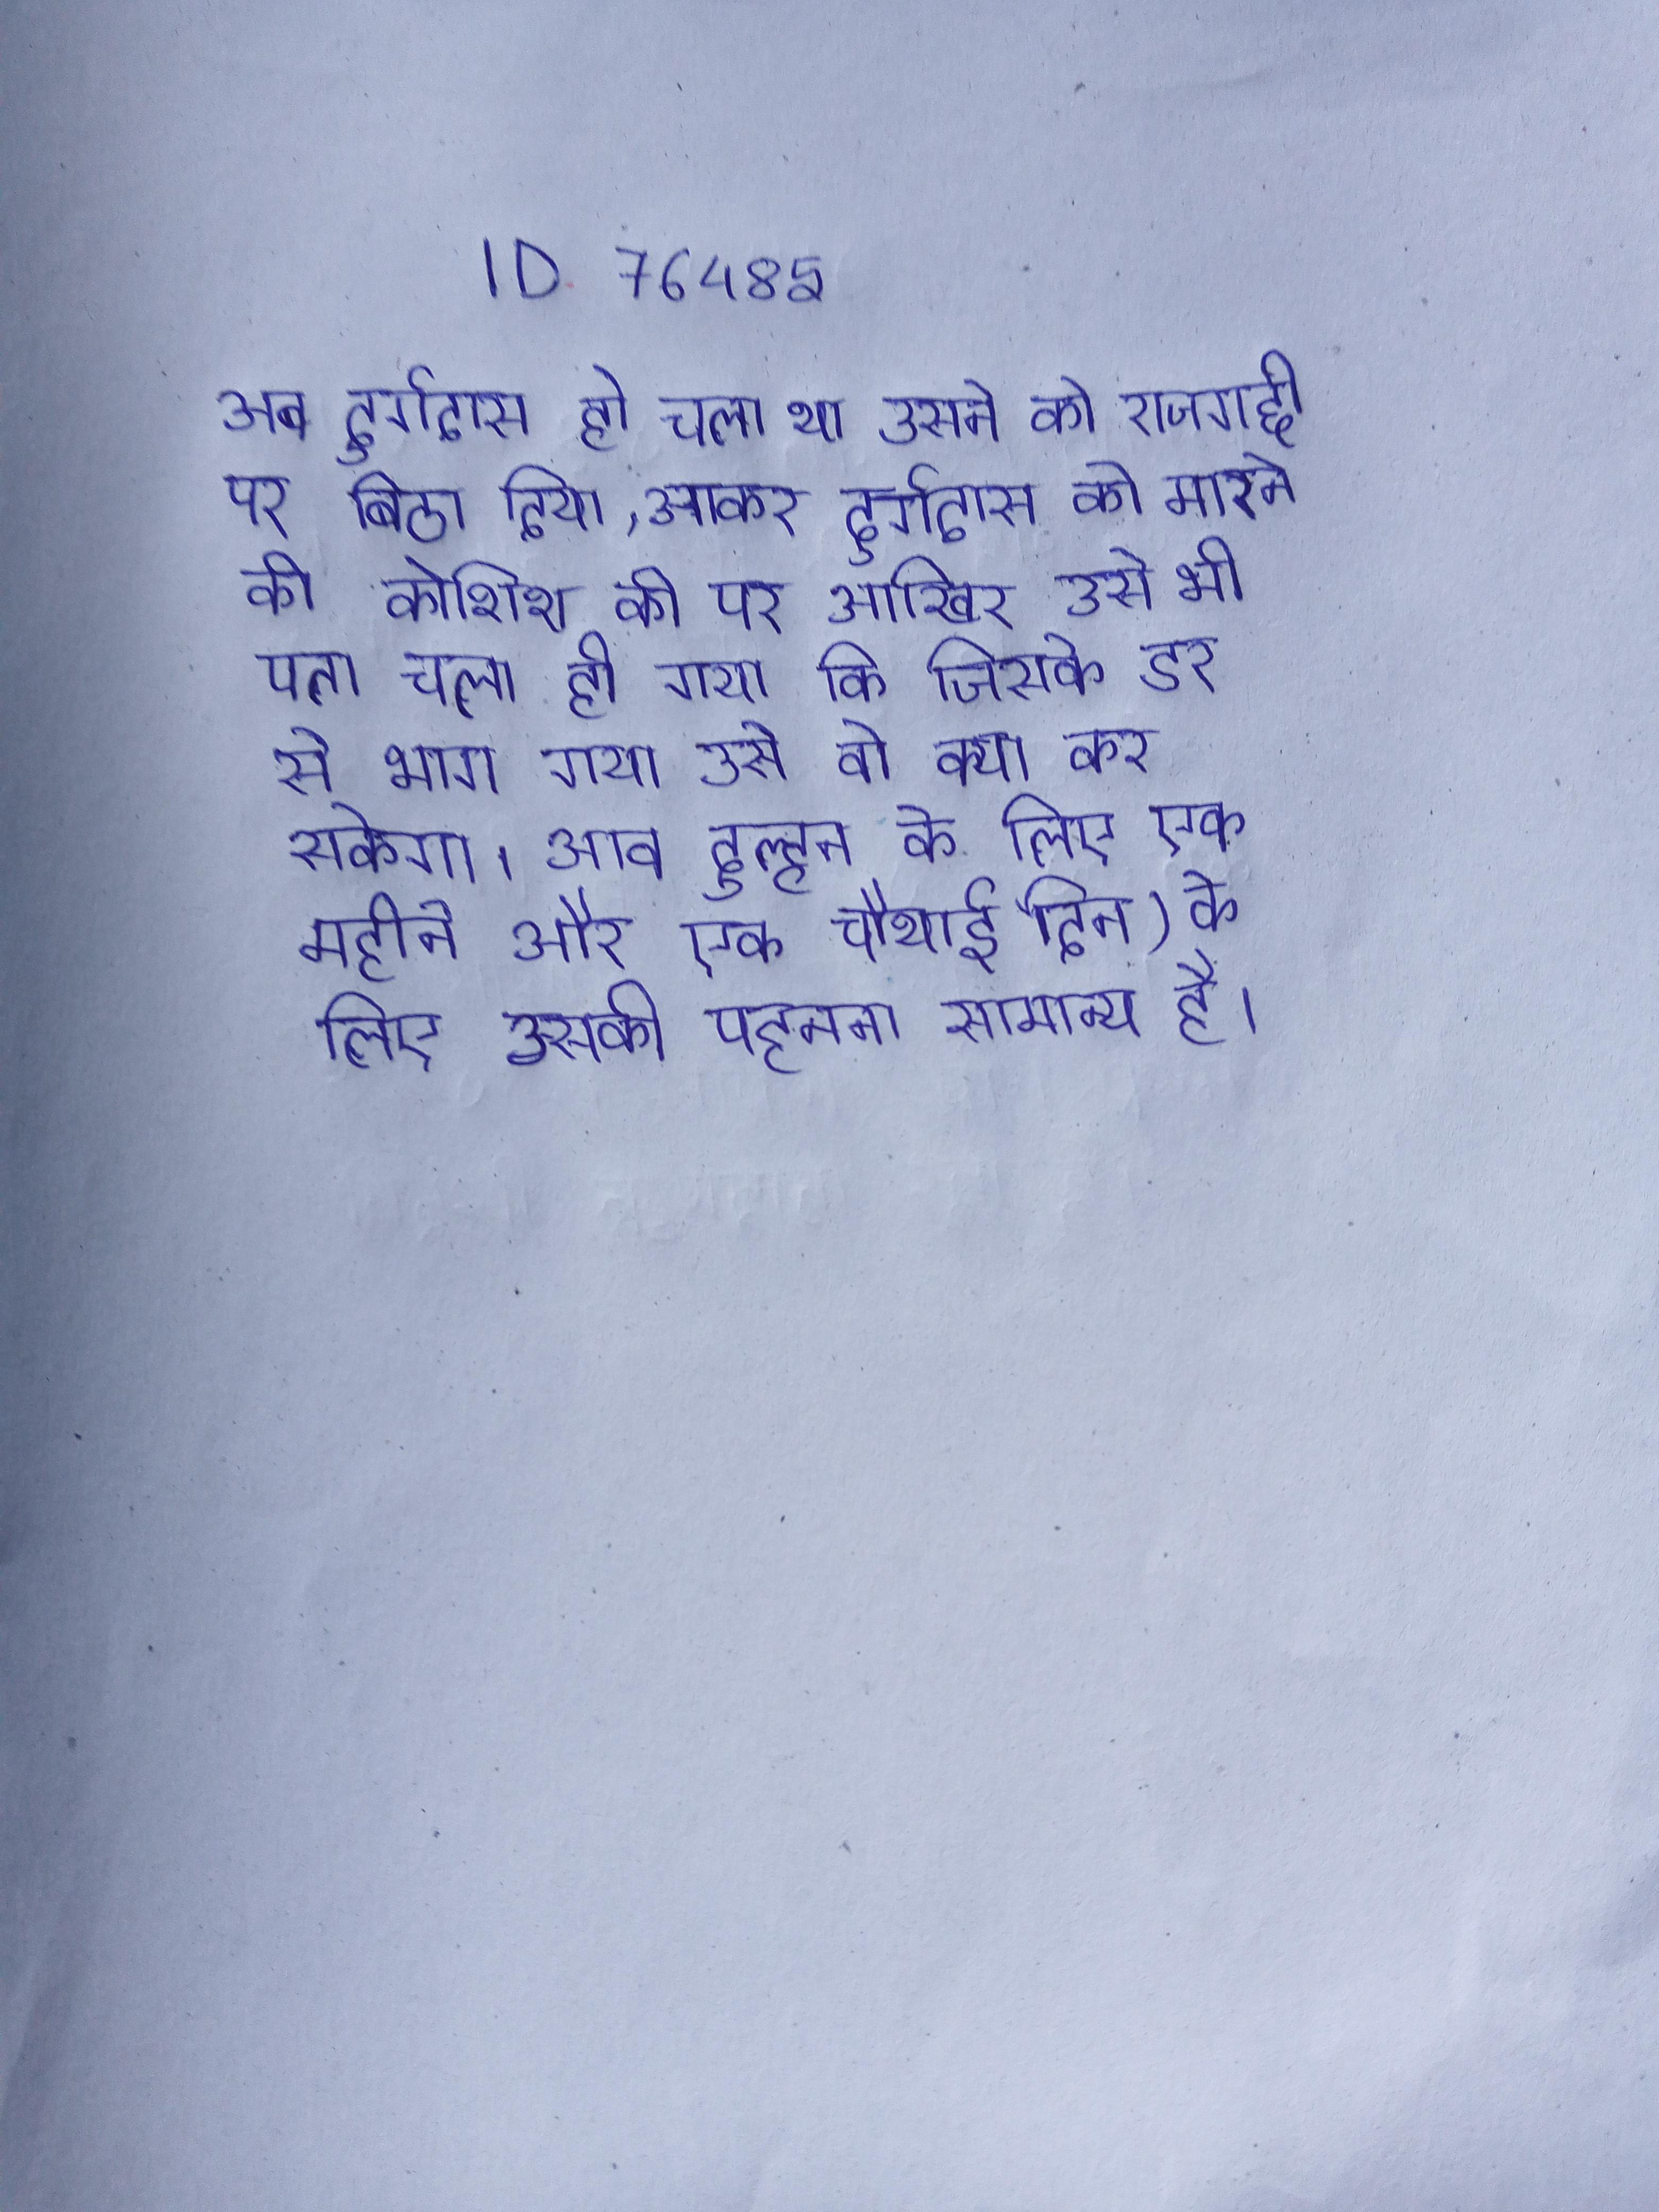
अब दुर्गादास हो चला था उसने को राजगद्दी पर बिठा दिया, आकर दुर्गादास को मारने की कोशिश की पर आखिर उसे भी पता चल ही गया कि जिसके डर से भाग गया उसे वो क्या कर सकेगा । अब दुल्हन के लिए एक महीने और एक चौथाई दिन) के लिए उसकी पहनना सामान्य है ।